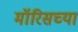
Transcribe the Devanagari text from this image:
मॉरिसच्या